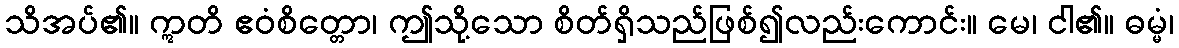
သိအပ်၏။ ဣတိ ဧဝံစိတ္တော၊ ဤသို့သော စိတ်ရှိသည်ဖြစ်၍လည်းကောင်း။ မေ၊ ငါ၏။ ဓမ္မံ၊